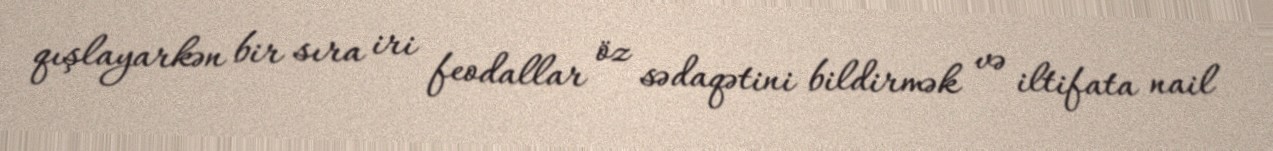
qışlayarkən bir sıra iri feodallar öz sədaqətini bildirmək və iltifata nail